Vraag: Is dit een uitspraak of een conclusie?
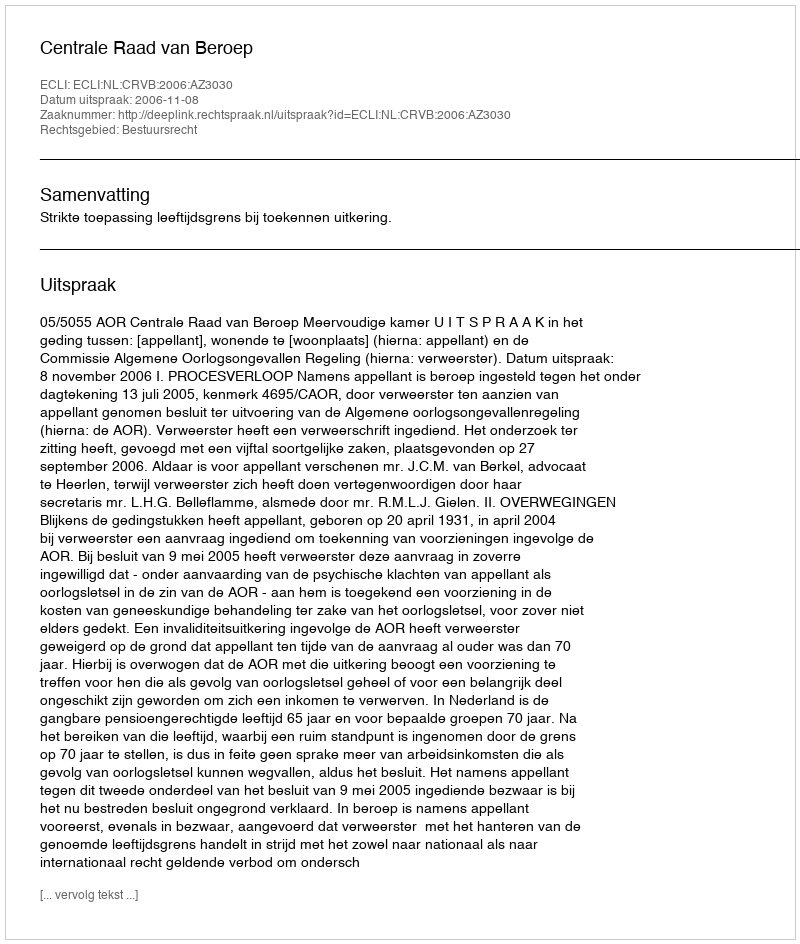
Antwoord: Uitspraak